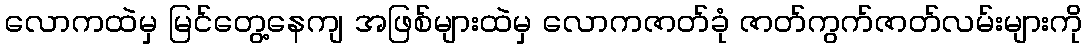
လောကထဲမှ မြင်တွေ့နေကျ အဖြစ်များထဲမှ လောကဇာတ်ခုံ ဇာတ်ကွက်ဇာတ်လမ်းများကို